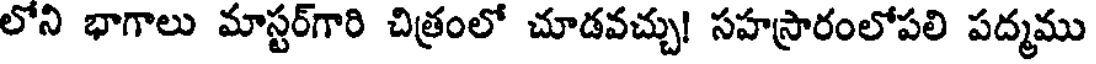
లోని భాగాలు మాస్టర్గారి చిత్రంలో చూడవచ్చు! సహస్రారంలోపలి పద్మము